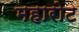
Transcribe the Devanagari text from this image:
महारोट